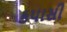
કપાસી